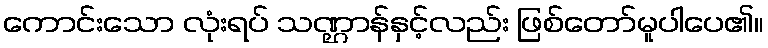
ကောင်းသော လုံးရပ် သဏ္ဌာန်နှင့်လည်း ဖြစ်တော်မူပါပေ၏။